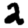
Digit: 2